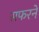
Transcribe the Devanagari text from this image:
सफरने